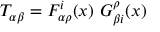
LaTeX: T _ { \alpha \beta } = F _ { \alpha \rho } ^ { i } ( x ) ~ G _ { \beta i } ^ { \rho } ( x )